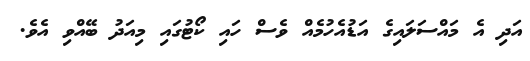
އަދި އެ މައްސަލައިގެ އަޑުއެހުމެއް ވެސް ހައި ކޯޓުގައި މިއަދު ބޭއްވި އެވެ.